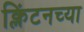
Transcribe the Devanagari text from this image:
क्लिंटनच्या